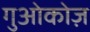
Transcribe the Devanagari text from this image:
गुओकोज़